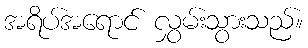
အရိပ်အရောင် လွှမ်းသွားသည်။